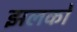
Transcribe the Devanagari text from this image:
झलकों